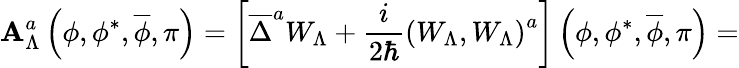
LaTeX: {\cal\mathbf{A}}_{\Lambda}^{a}\left(\phi,\phi^{*},\overline{{{{\phi}}}},\pi\right)=\left[\overline{{{{\Delta}}}}^{a}W_{\Lambda}+\frac{i}{{2\hbar}}\left(W_{\Lambda},W_{\Lambda}\right)^{a}\right]\left(\phi,\phi^{*},\overline{{{{\phi}}}},\pi\right)=